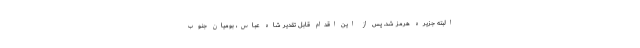
البته جزیره هرمز شد. پس از این اقدام قابل تقدیر شاه عباس، بومیان جنوب